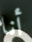
أنا